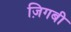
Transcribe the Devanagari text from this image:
ज़िगबी